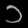
Digit: ၁